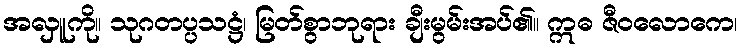
အလှူကို။ သုဂတပ္ပသဋ္ဌံ၊ မြတ်စွာဘုရား ချီးမွမ်းအပ်၏။ ဣဓ ဇီဝလောကေ၊